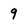
Character: 9